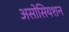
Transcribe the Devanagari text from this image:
असोसियशन